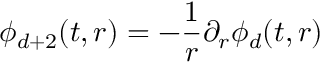
\phi _ { d + 2 } ( t , r ) = - \frac { 1 } { r } \partial _ { r } \phi _ { d } ( t , r )